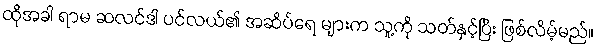
ထိုအခါ ရာမ ဆလင်ဒါ ပင်လယ်၏ အဆိပ်ရေ များက သူ့ကို သတ်နှင့်ပြီး ဖြစ်လိမ့်မည်။